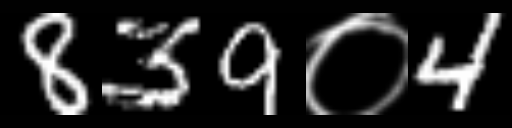
Text: 839०4